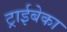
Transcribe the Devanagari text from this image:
ट्राईबेका